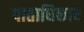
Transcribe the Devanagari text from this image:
पाताधिकार